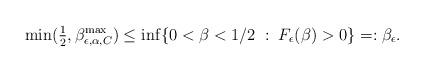
LaTeX: \begin{align*}\min(\tfrac{1}{2},\beta^{\max}_{\epsilon,\alpha,C})\le \inf\{ 0<\beta <1/2 \; : \; F_{\epsilon}(\beta)>0\}=:\beta_\epsilon.\end{align*}